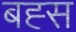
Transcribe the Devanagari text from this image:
बह्स